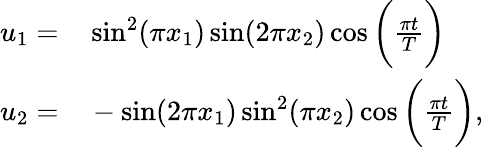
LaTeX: \begin{array}{rl}{u_{1}=}&{{}\sin^{2}(\pi x_{1})\sin(2\pi x_{2})\cos\bigg(\frac{\pi t}{T}\bigg)}\\ {u_{2}=}&{{}-\sin(2\pi x_{1})\sin^{2}(\pi x_{2})\cos\bigg(\frac{\pi t}{T}\bigg),}\end{array}